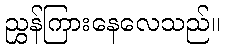
ညွှန်ကြားနေလေသည်။